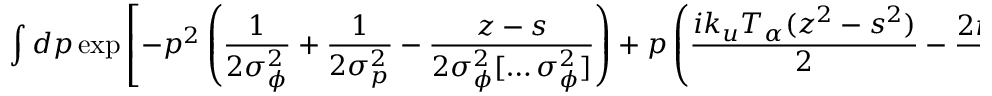
\int d p \exp \left[ - p ^ { 2 } \left( \frac { 1 } { 2 \sigma _ { \phi } ^ { 2 } } + \frac { 1 } { 2 \sigma _ { p } ^ { 2 } } - \frac { z - s } { 2 \sigma _ { \phi } ^ { 2 } [ \hdots \sigma _ { \phi } ^ { 2 } ] } \right) + p \left( \frac { i k _ { u } T _ { \alpha } ( z ^ { 2 } - s ^ { 2 } ) } { 2 } - \frac { 2 i k ( z + s ) x } { [ \hdots \sigma _ { \phi } ^ { 2 } ] } \right) \right] ,